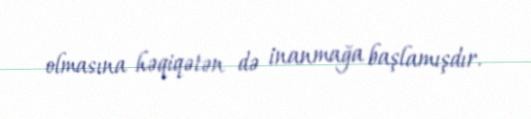
olmasına həqiqətən də inanmağa başlamışdır.